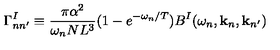
\Gamma _ { n n ^ { \prime } } ^ { I } \equiv \frac { \pi \alpha ^ { 2 } } { \omega _ { n } N L ^ { 3 } } ( 1 - e ^ { - \omega _ { n } / T } ) B ^ { I } ( \omega _ { n } , { \bf k } _ { n } , { \bf k } _ { n ^ { \prime } } )